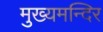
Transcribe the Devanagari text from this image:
मुख्यमन्दिर